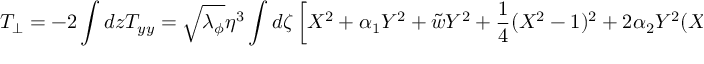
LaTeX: T _ { \perp } = - 2 \int d z T _ { y y } = \sqrt { \lambda _ { \phi } } \eta ^ { 3 } \int d \zeta \left[ X ^ { 2 } + \alpha _ { 1 } Y ^ { 2 } + \tilde { w } Y ^ { 2 } + { \frac { 1 } { 4 } } ( X ^ { 2 } - 1 ) ^ { 2 } + 2 \alpha _ { 2 } Y ^ { 2 } ( X ^ { 2 } - 1 ) + \alpha ^ { 3 } Y ^ { 2 } ( { \frac { 1 } { 2 } } Y ^ { 2 } + 1 ) \right] ,